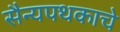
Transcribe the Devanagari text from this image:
सैन्यपथकाचे